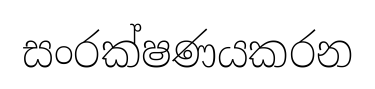
සංරක්ෂණයකරන